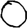
Digit: 0